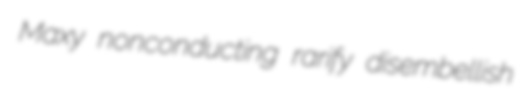
Maxy nonconducting rarify disembellish